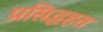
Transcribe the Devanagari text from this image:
प्रसिद्धहत